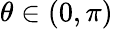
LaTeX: \theta\in(0,\pi)